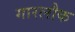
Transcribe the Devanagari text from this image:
गारलौक